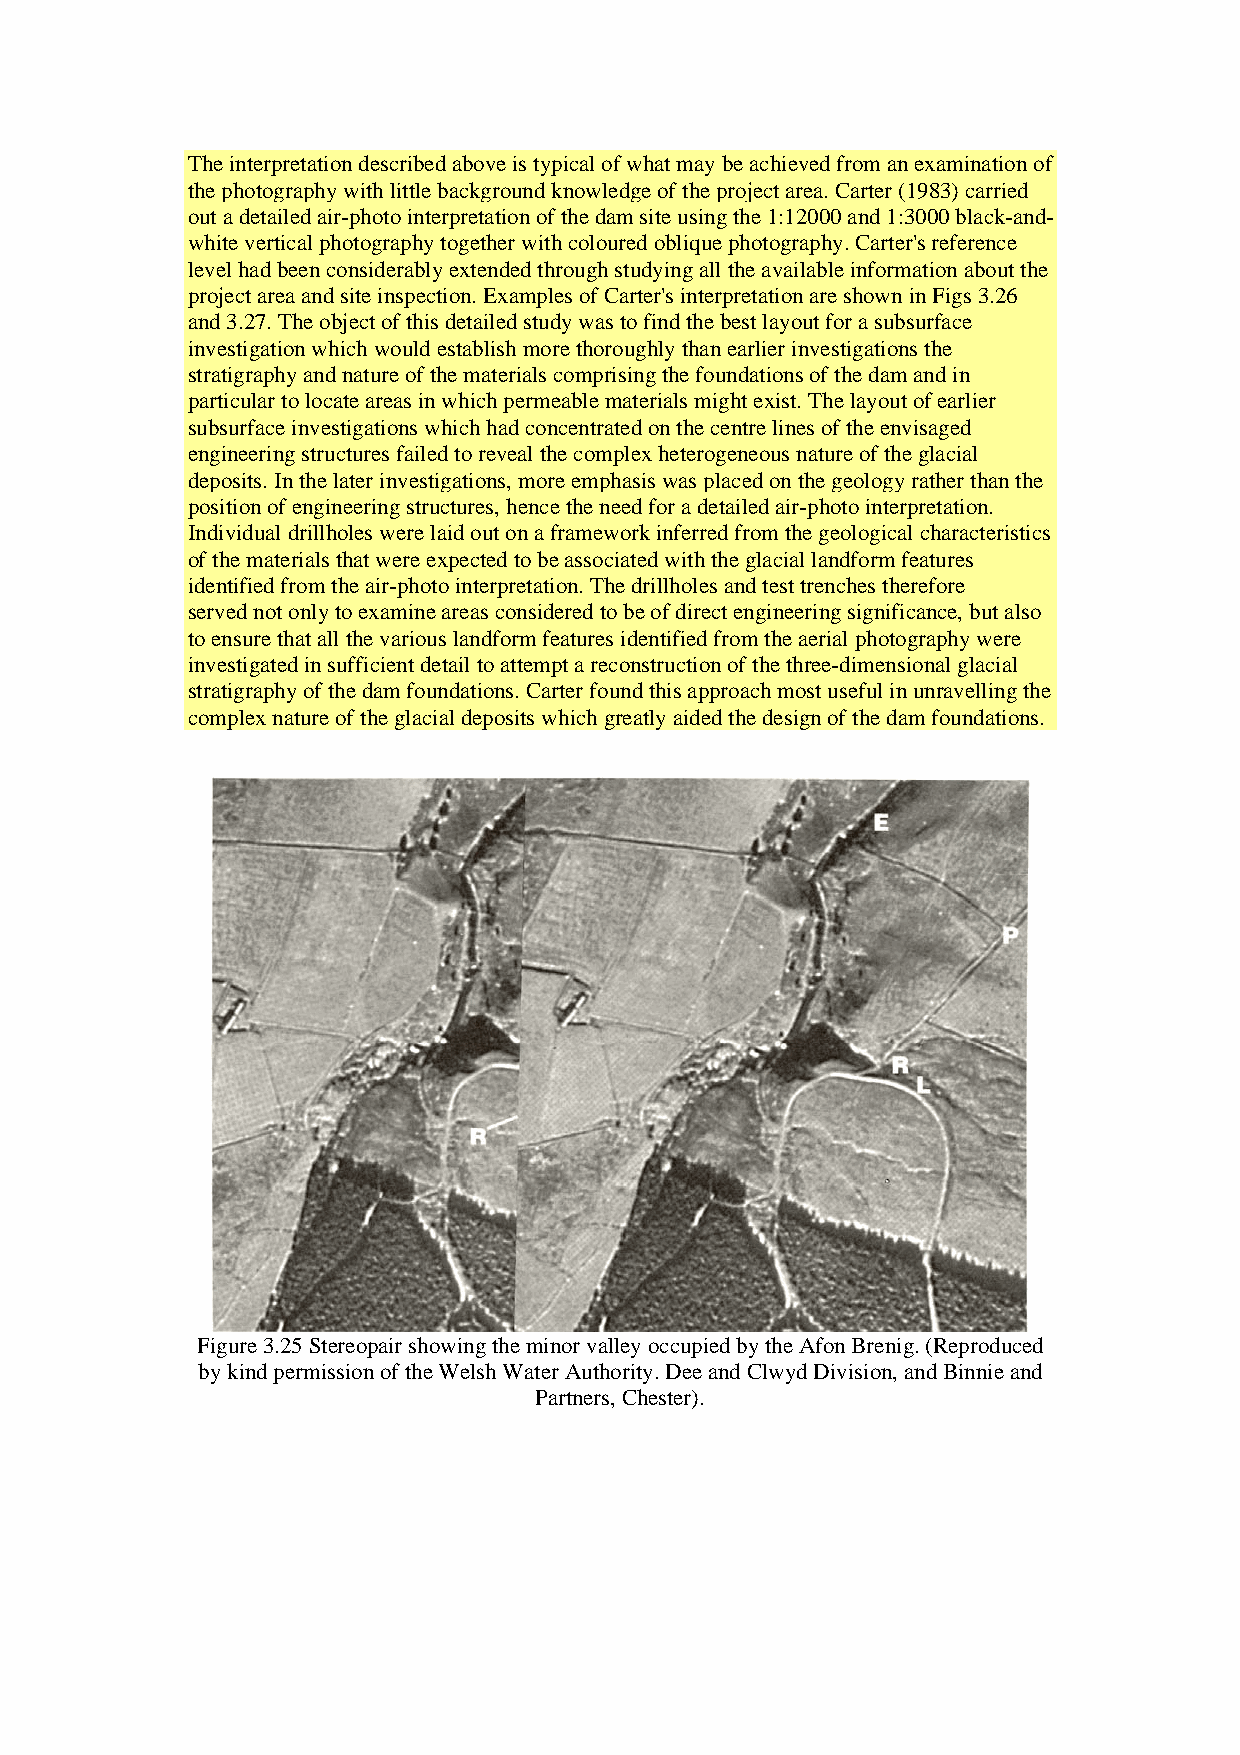
The interpretation described above is typical of what may be achieved from an examination of
 the photography with little background knowledge of the project area. Carter (1983) carried
 out a detailed air-photo interpretation of the dam site using the 1:12000 and 1:3000 black-and-
 white vertical photography together with coloured oblique photography. Carter's reference
 level had been considerably extended through studying all the available information about the
 project area and site inspection. Examples of Carter's interpretation are shown in Figs 3.26
 and 3.27. The object of this detailed study was to find the best layout for a subsurface
 investigation which would establish more thoroughly than earlier investigations the
 stratigraphy and nature of the materials comprising the foundations of the dam and in
 particular to locate areas in which permeable materials might exist. The layout of earlier
 subsurface investigations which had concentrated on the centre lines of the envisaged
 engineering structures failed to reveal the complex heterogeneous nature of the glacial
 deposits. In the later investigations, more emphasis was placed on the geology rather than the
 position of engineering structures, hence the need for a detailed air-photo interpretation.
 Individual drillholes were laid out on a framework inferred from the geological characteristics
 of the materials that were expected to be associated with the glacial landform features
 identified from the air-photo interpretation. The drillholes and test trenches therefore
 served not only to examine areas considered to be of direct engineering significance, but also
 to ensure that all the various landform features identified from the aerial photography were
 investigated in sufficient detail to attempt a reconstruction of the three-dimensional glacial
 stratigraphy of the dam foundations. Carter found this approach most useful in unravelling the
 complex nature of the glacial deposits which greatly aided the design of the dam foundations.
 Figure 3.25 Stereopair showing the minor valley occupied by the Afon Brenig. (Reproduced
 by kind permission of the Welsh Water Authority. Dee and Clwyd Division, and Binnie and
 Partners, Chester).